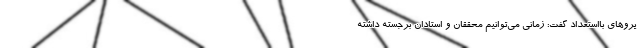
یروهای بااستعداد گفت: زمانی می‌توانیم محققان و استادان برجسته داشته